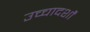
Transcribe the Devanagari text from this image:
उच्चादर्शों